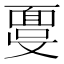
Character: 𩈞